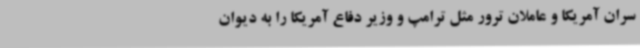
سران آمریکا و عاملان ترور مثل ترامپ و وزیر دفاع آمریکا را به دیوان